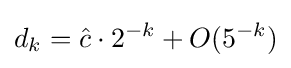
d_{k}={\hat {c}}\cdot 2^{-k}+O(5^{-k})